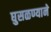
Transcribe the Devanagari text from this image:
घुसळण्याने